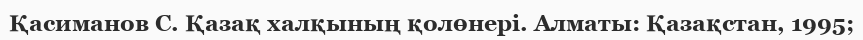
Қасиманов С. Қазақ халқының қолөнерi. Алматы: Қазақстан, 1995;